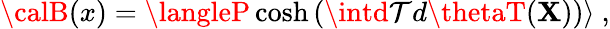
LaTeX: {\calB}(x)=\langleP\cosh\left(\intd\mathcal{T}d\thetaT({\mathbf{X}})\right)\rangle~,